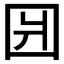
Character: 𰉎